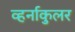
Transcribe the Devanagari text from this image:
व्हर्नाकुलर